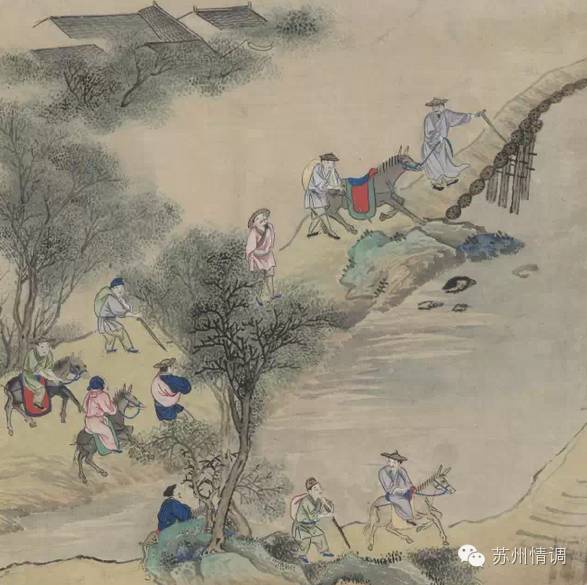
侵夜鸾开镜，迎冬雉献裘。